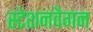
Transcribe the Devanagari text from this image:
स्टेशनवैगन